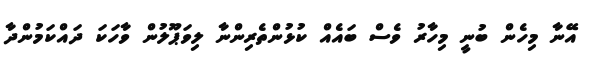
އޭނާ މިހެން ބުނީ މިހާރު ވެސް ބައެއް ކުޅުންތެރިންނާ ލިވަޕޫލުން ވާހަކަ ދައްކަމުންދާ